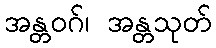
အန္တဝဂ်၊ အန္တသုတ်